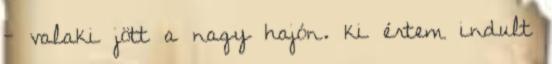
- valaki jött a nagy hajón. ki értem indult